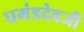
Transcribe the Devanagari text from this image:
घमंडदेवजी